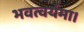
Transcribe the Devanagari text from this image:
भवत्वर्यमा।